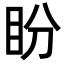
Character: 盼